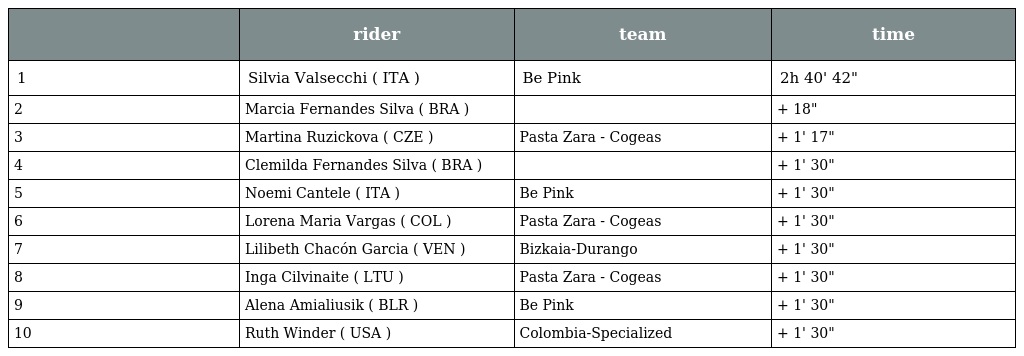
|  | rider | team | time |
 | --- | --- | --- | --- |
 | 1 | Silvia Valsecchi ( ITA ) | Be Pink | 2h 40' 42" |
 | 2 | Marcia Fernandes Silva ( BRA ) |  | + 18" |
 | 3 | Martina Ruzickova ( CZE ) | Pasta Zara - Cogeas | + 1' 17" |
 | 4 | Clemilda Fernandes Silva ( BRA ) |  | + 1' 30" |
 | 5 | Noemi Cantele ( ITA ) | Be Pink | + 1' 30" |
 | 6 | Lorena Maria Vargas ( COL ) | Pasta Zara - Cogeas | + 1' 30" |
 | 7 | Lilibeth Chacón Garcia ( VEN ) | Bizkaia-Durango | + 1' 30" |
 | 8 | Inga Cilvinaite ( LTU ) | Pasta Zara - Cogeas | + 1' 30" |
 | 9 | Alena Amialiusik ( BLR ) | Be Pink | + 1' 30" |
 | 10 | Ruth Winder ( USA ) | Colombia-Specialized | + 1' 30" |